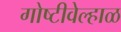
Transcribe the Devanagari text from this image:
गोष्टीवेल्हाळ